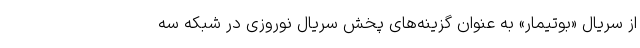
از سریال «بوتیمار» به عنوان گزینه‌های پخش سریال نوروزی در شبکه سه